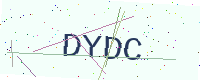
Text: DYDC